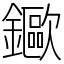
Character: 䥲